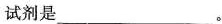
试剂是___。